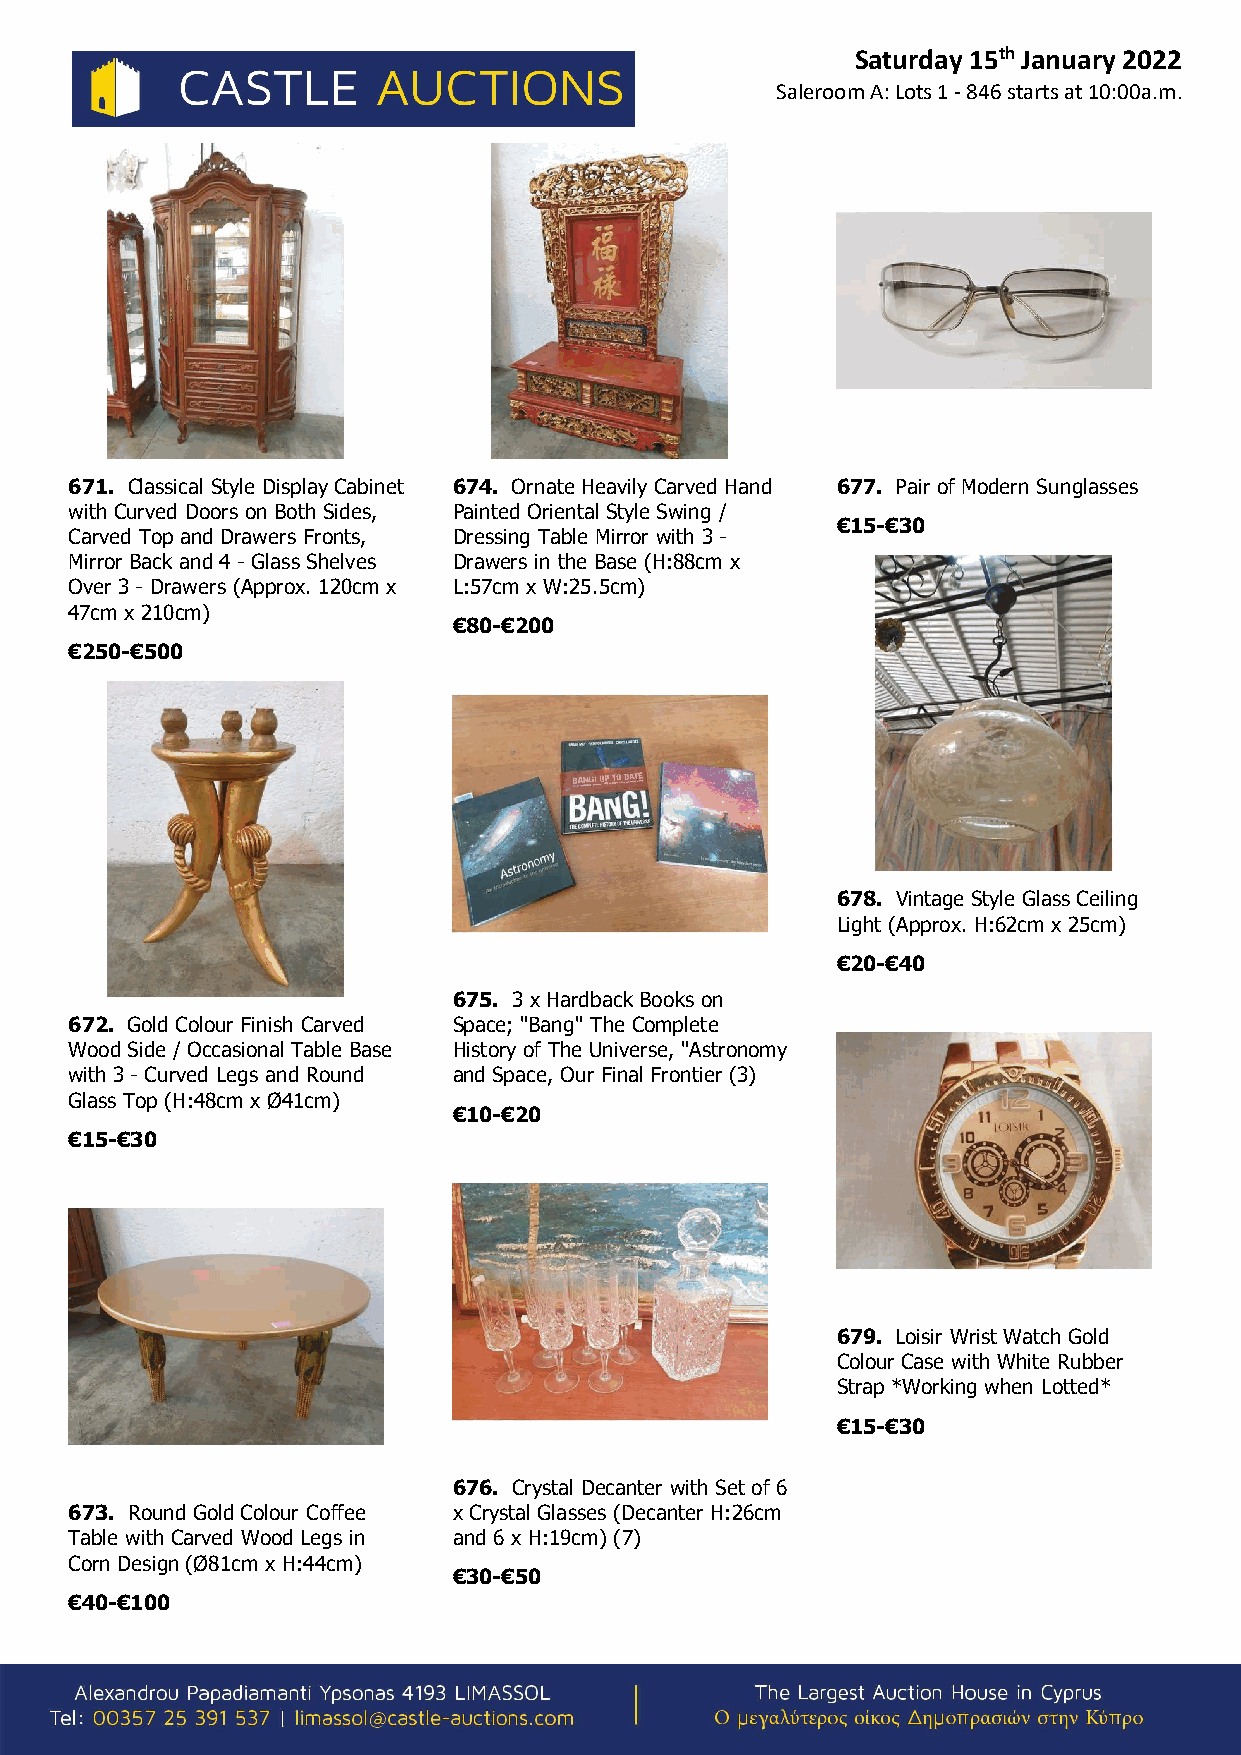
Saturday 15th January 2022
 Saleroom A: Lots 1 - 846 starts at 10:00a.m.
 671. Classical Style Display Cabinet 674. Ornate Heavily Carved Hand 677. Pair of Modern Sunglasses
 with Curved Doors on Both Sides, Painted Oriental Style Swing /
 €15-€30
 Carved Top and Drawers Fronts, Dressing Table Mirror with 3 -
 Mirror Back and 4 - Glass Shelves Drawers in the Base (H:88cm x
 Over 3 - Drawers (Approx. 120cm x L:57cm x W:25.5cm)
 47cm x 210cm)
 €80-€200
 €250-€500
 678. Vintage Style Glass Ceiling
 Light (Approx. H:62cm x 25cm)
 €20-€40
 675. 3 x Hardback Books on
 672. Gold Colour Finish Carved Space; "Bang" The Complete
 Wood Side / Occasional Table Base History of The Universe, "Astronomy
 with 3 - Curved Legs and Round and Space, Our Final Frontier (3)
 Glass Top (H:48cm x Ø41cm)
 €10-€20
 €15-€30
 679. Loisir Wrist Watch Gold
 Colour Case with White Rubber
 Strap *Working when Lotted*
 €15-€30
 676. Crystal Decanter with Set of 6
 673. Round Gold Colour Coffee x Crystal Glasses (Decanter H:26cm
 Table with Carved Wood Legs in and 6 x H:19cm) (7)
 Corn Design (Ø81cm x H:44cm)
 €30-€50
 €40-€100